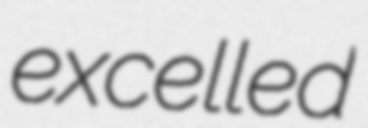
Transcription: excelled